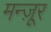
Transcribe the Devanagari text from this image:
मन्ज़ूर